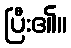
ပြီး၏။